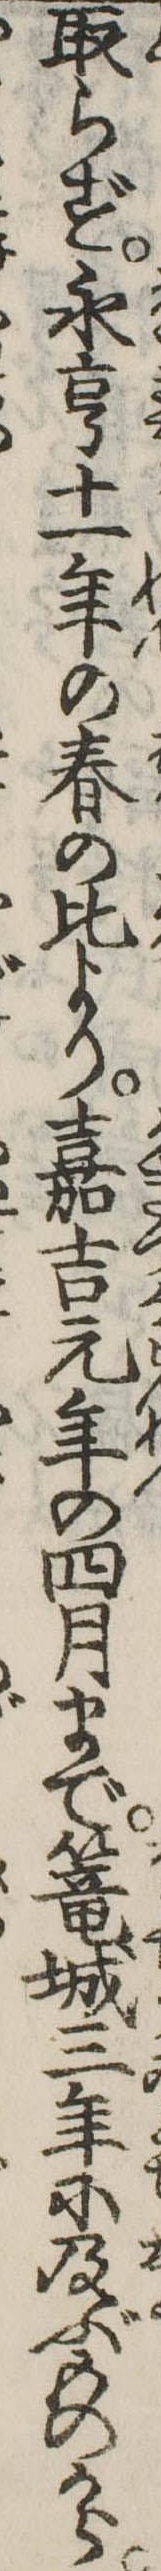
取らず永亨十一年の春の比より嘉吉元年の四月まで篭城三年に及ぶものから